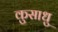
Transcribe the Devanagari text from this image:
कुसाधु